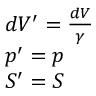
\begin{array} { l } { d V ^ { \prime } = \frac { d V } { \gamma } } \\ { p ^ { \prime } = p } \\ { S ^ { \prime } = S } \end{array}